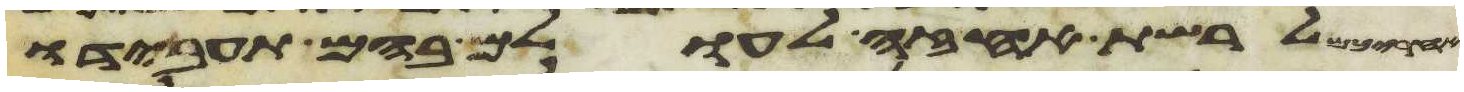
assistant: לרשת אחזה לעולם בהם תעבידו